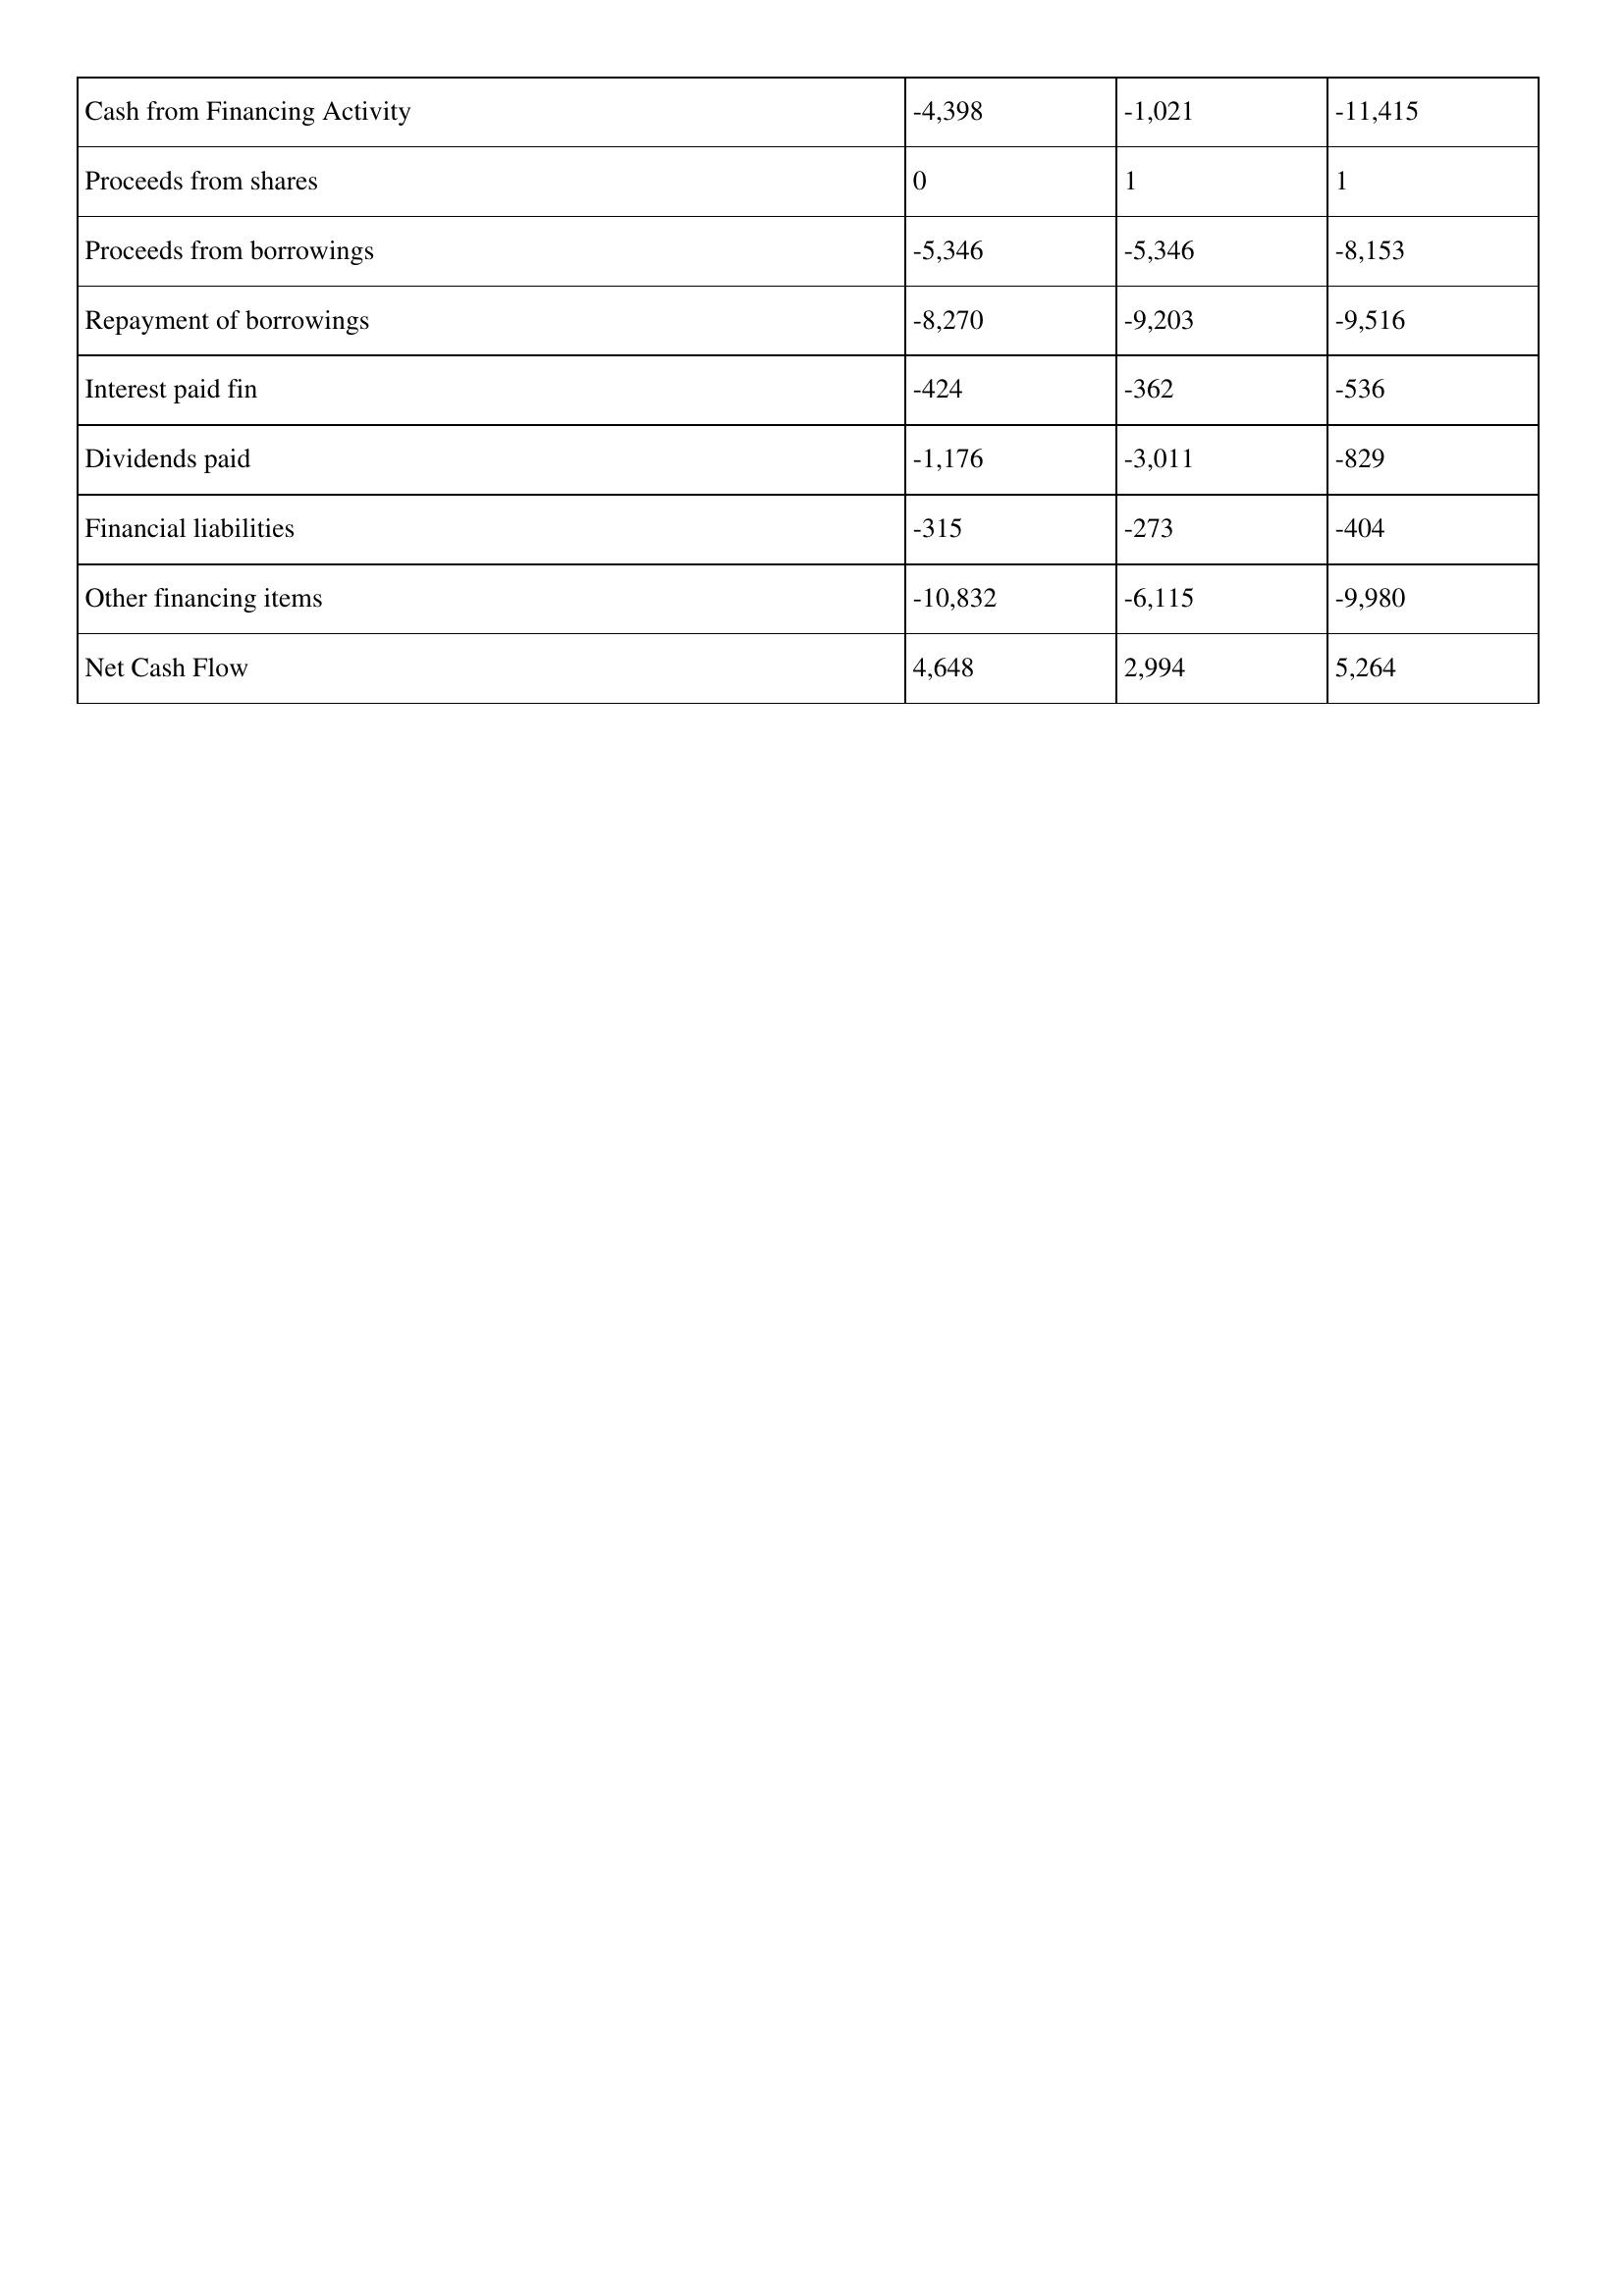
gt_parse: 2014: Cash Flows: Cash from Financing Activity: -4,398
Proceeds from shares: 0
Proceeds from borrowings: -5,346
Repayment of borrowings: -8,270
Interest paid fin: -424
Dividends paid: -1,176
Financial liabilities: -315
Other financing items: -10,832
Net Cash Flow: 4,648
2013: Cash Flows: Cash from Financing Activity: -1,021
Proceeds from shares: 1
Proceeds from borrowings: -5,346
Repayment of borrowings: -9,203
Interest paid fin: -362
Dividends paid: -3,011
Financial liabilities: -273
Other financing items: -6,115
Net Cash Flow: 2,994
2012: Cash Flows: Cash from Financing Activity: -11,415
Proceeds from shares: 1
Proceeds from borrowings: -8,153
Repayment of borrowings: -9,516
Interest paid fin: -536
Dividends paid: -829
Financial liabilities: -404
Other financing items: -9,980
Net Cash Flow: 5,264